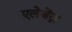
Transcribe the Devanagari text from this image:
एलेजेंद्रा